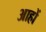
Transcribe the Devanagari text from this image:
आहों